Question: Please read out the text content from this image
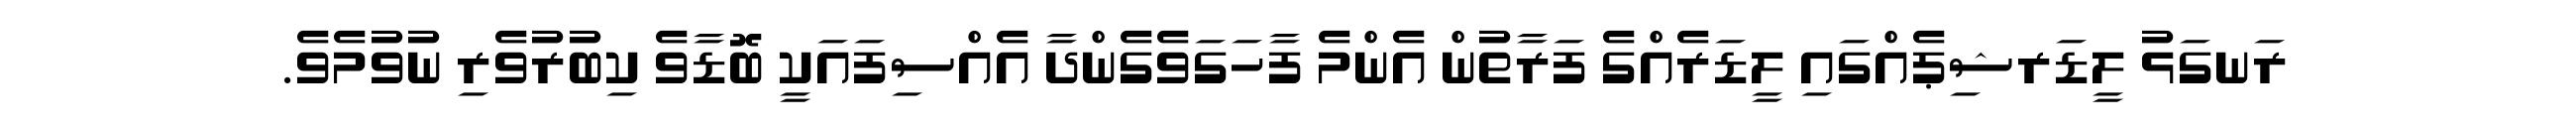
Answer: ރަނގަޅު ލީޑަރޝިޕެއްގައި ލީޑަރެއްގެ ފަރާތުން އެންމެ ފާހަގަވެގެންދާ އެއްސިފައަކީ ބޮޑާވެ ކިބުރުވެރި ނުވުމެވެ.